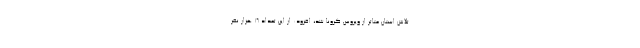
تلاش استان متاثر از ویروس کرونا شد، افزود: از این تعداد ۱۶ هزار نفر